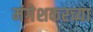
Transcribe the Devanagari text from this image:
मंगेशकरच्या